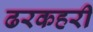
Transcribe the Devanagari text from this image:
ढरकहरी